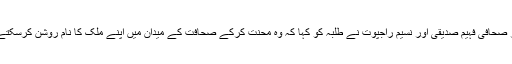
سینئر صحافی فہیم صدیقی اور نسیم راجپوت نے طلبہ کو کہا کہ وہ محنت کرکے صحافت کے میدان میں اپنے ملک کا نام روشن کرسکتے ہیں۔